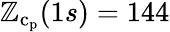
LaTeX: \mathbb{Z}_{\mathrm{{c}}_{\mathrm{{p}}}}(1s)=144